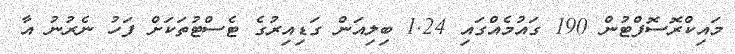
މައިކްރޮސޮފްޓުން 190 ގައުމެއްގައި 1.24 ބިލިއަން ގަޑިއިރުގެ ޓެސްޓުތަކަށް ފަހު ނެރުނު އާ